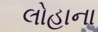
લોહાના